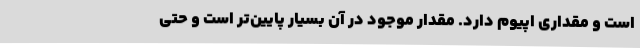
است و مقداری اپیوم دارد. مقدار موجود در آن بسیار پایین‌تر است و حتی